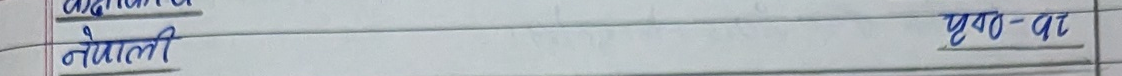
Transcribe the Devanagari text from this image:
अध्ययन
नेपाली
पृष्ठ-५१